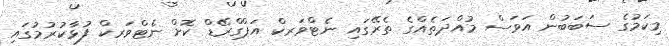
މިކަމުގެ ސަބަބުން އަވަސް މުއްދަތެއްގެ ތެރޭގައި ނެޓްވަރކް އަޕްގްރޭޑް ކޮށް ނެޓްވަރކް ފުޅާކުރުމުގައި